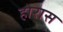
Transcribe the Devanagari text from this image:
होरास